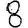
Digit: 8